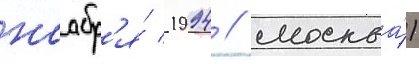
ноабр'я́ 1994 / москва́)